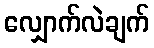
လျှောက်လဲချက်